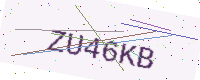
Text: ZU46KB